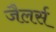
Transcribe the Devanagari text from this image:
जैलर्स